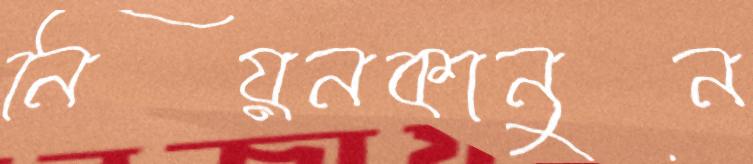
নিয়নকানুন